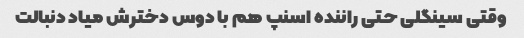
وقتی سینگلی حتی راننده اسنپ هم با دوس دخترش میاد دنبالت